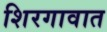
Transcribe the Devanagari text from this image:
शिरगावात